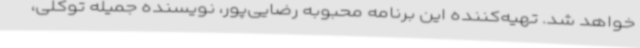
خواهد شد. تهیه‌کننده این برنامه محبوبه رضایی‌پور، نویسنده جمیله توکلی،